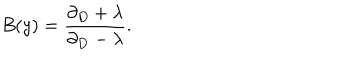
LaTeX: B ( y ) = \frac { \partial _ { D } + \lambda } { \partial _ { D } - \lambda } .